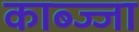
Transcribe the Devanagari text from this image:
काब्ज्जा